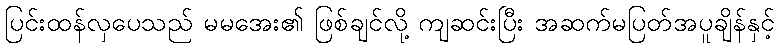
ပြင်းထန်လှပေသည် မမအေး၏ ဖြစ်ချင်လို့ ကျဆင်းပြီး အဆက်မပြတ်အပူချိန်နှင့်